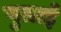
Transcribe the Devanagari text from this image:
पुलाई